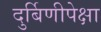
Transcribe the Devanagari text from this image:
दुर्बिणीपेक्षा